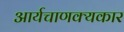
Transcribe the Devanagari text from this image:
आर्यचाणक्यकार